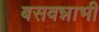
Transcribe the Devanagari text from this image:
बसवन्नाभी